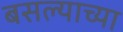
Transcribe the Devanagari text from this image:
बसल्याच्या